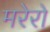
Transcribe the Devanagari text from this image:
मरेरो